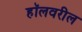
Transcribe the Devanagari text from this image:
हॉलवरील